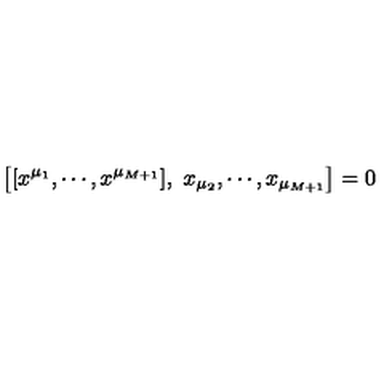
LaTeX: \left[ [ x ^ { \mu _ { 1 } } , \cdots , x ^ { \mu _ { M + 1 } } ] , \ x _ { \mu _ { 2 } } , \cdots , x _ { \mu _ { M + 1 } } \right] = 0